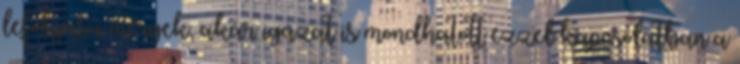
lefolyású mérgek, akár igazat is mondhatott ezzel kapcsolatban a